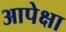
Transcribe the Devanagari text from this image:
आपेक्षा